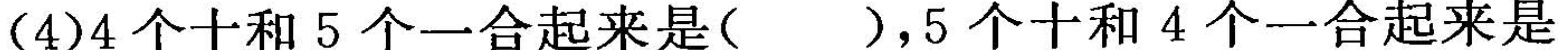
(4)4个十和5个一合起来是( )，5个十和4个一合起来是